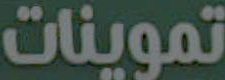
تموينات